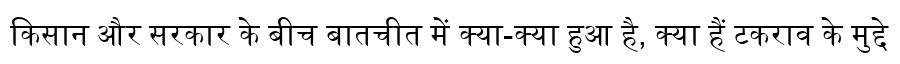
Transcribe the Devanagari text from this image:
किसान और सरकार के बीच बातचीत में क्या-क्या हुआ है, क्या हैं टकराव के मुद्दे